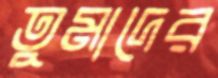
তুমাদের